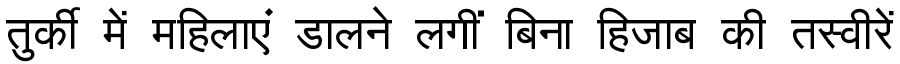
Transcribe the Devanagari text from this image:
तुर्की में महिलाएं डालने लगीं बिना हिजाब की तस्वीरें